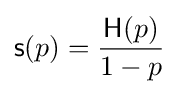
{\mathsf {s}}(p)={\frac {{\mathsf {H}}(p)}{1-p}}